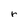
Character: r